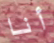
أنا